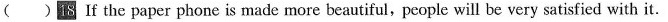
( )18 If the paper phone is made more beautiful,people will be very satisfied with it.